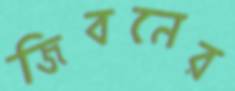
জিবনের